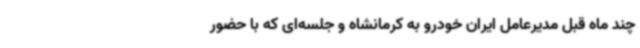
چند ماه قبل مدیرعامل ایران خودرو به کرمانشاه و جلسه‌ای که با حضور